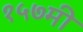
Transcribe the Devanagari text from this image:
१५७मी